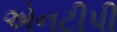
એનટીપી